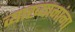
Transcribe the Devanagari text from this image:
व्याख्यानांना